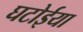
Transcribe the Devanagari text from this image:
घटोईया